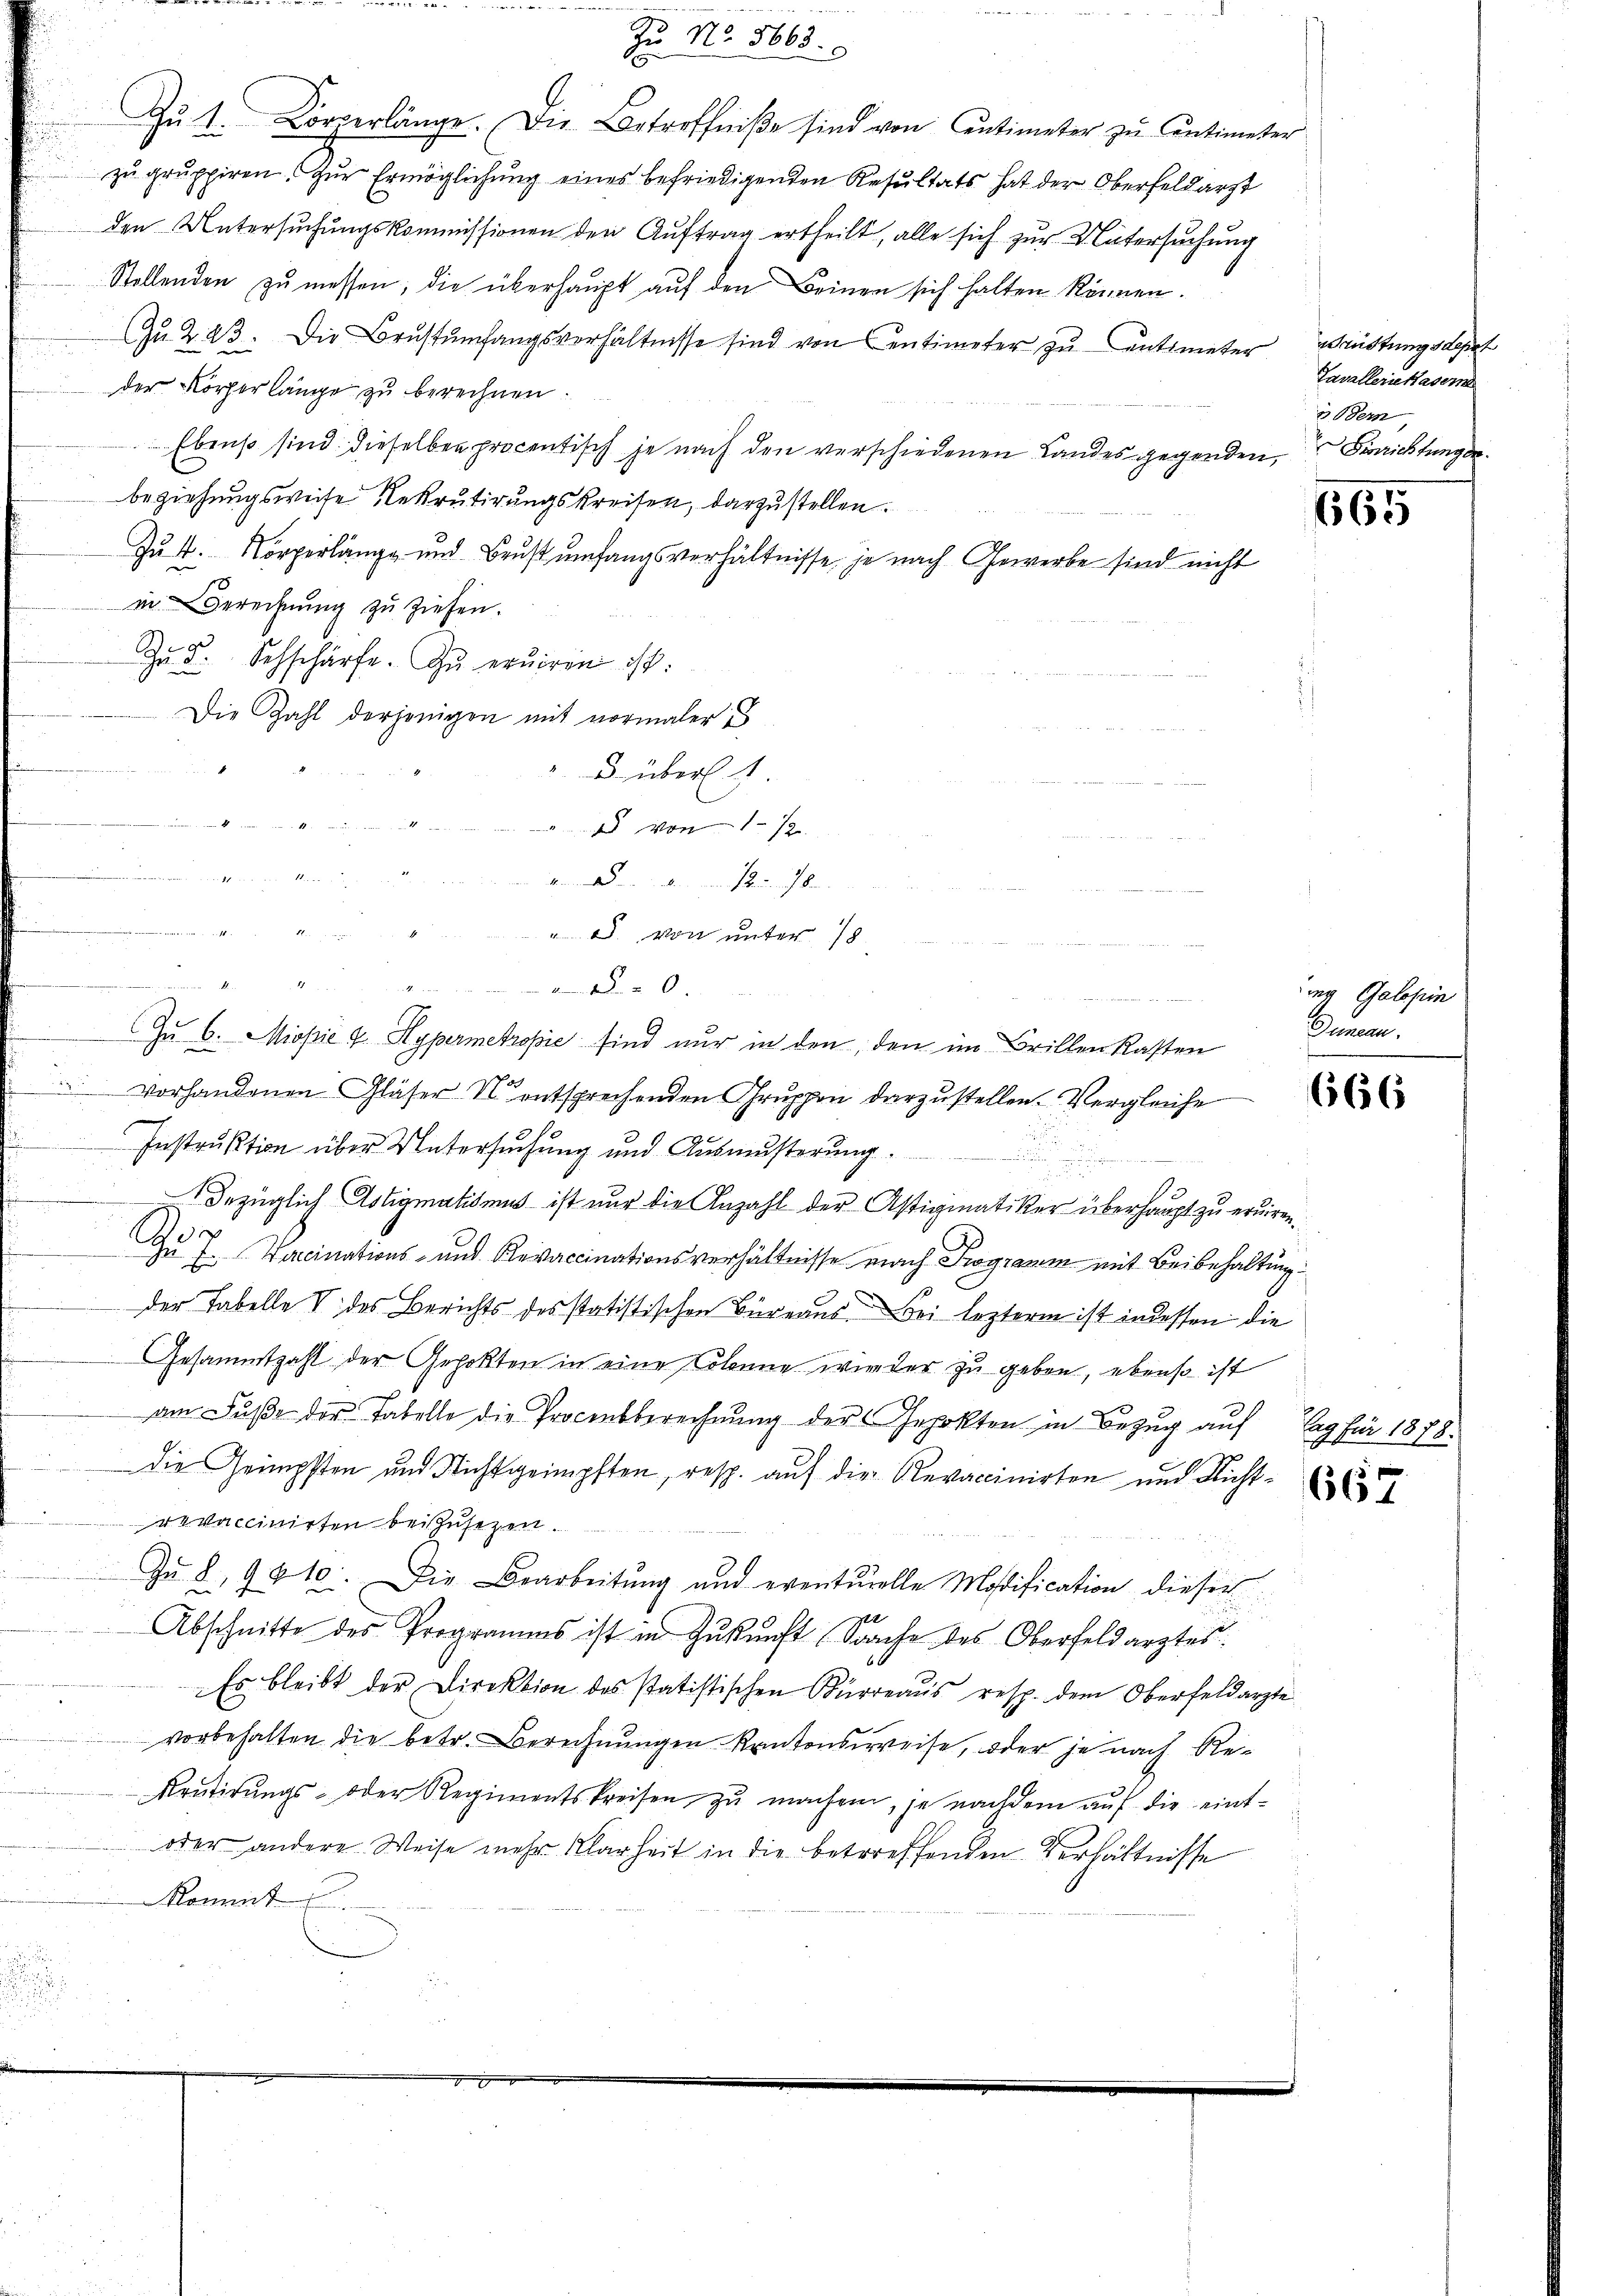
Zŭ 1. Körperlänge. Die Betreffniβe sind von Antimeter zŭ entimeter
zu gruppiren. Zur Ermöglichung eines befriedigenden Resultats hat der Oberfeldarzt
den Untersuchungskommissionen der Auftrag ertheilt, alle sich zur Untersuchung
Stollenden zu messen, die überhaupt auf den Beinen sich halten können.
Gŭ 223. Die Brustŭmfangsverhältnisse sind von Centimeter zŭ entsmater Wüstungsdeput
der Körperlänge zu berechnen.
 Ebenso sind dieselben procentisch je nach den verschiedenen Landes gegenden,
beziehungsweise Rekrutirungskreisen, darzustellen.
Ju 4. Nörperlänge und Brust umfangsverhältnisse, je nach Gewerbe sind nicht
in Berechnung zu ziehen.
Zŭ F. Schschärfe. Zŭ eruiren ist.
Die Zahl derjenigen mit vormaler
d über 1
es von 112
u
dende an ihm nun dienung Ken¬
" D. von unter 18
0
Zu 6. Miopie & Sypermetropić sind nur in den, den im Brillenkasten
vorhandenen Gläser V. entsprechenden Gruppen darzustellen. Vergleiche
Instruktion über Untersuchung und Ausmusterung.
u
Bezüglich Astigmatismus ist nur die Anzahl der Astiginatiker überhaupt zu eruiren¬
Zu J. Vaccinations- und Revaccinationsverhältnisse nach Kogramm mit Beibehaltung.
der Tabelle V des Berichts des statistischen Büreaus Bei lezterm ist indessen die
Gesammtzahl der Gehalten in eine Colonne wieder zu geben, ebenso ist
am Fuße der Tabelle die Procensberechnung der Gepakten in Bezug auf
die Grimpften und Nichtgeimpften, resp. auf die Revaccinirten und Richt-
revaccinirten beizusetzen.
Zŭ 8, 9410. Die Bearbeitung und eventŭrelle Modification dieser
2
Abschnitte des Programms ist in Zŭkŭnft (Sache des Oberfeldarztes:
Es bleibt der Direktion des statistischen Büreaŭs resp. dem Oberfeldarzte
vorbehalten die betr. Berechnungen Kantonsweise, oder je nach Re¬
Nrŭtirŭngs- oder Regimentskreisen zŭ machen, je nachdem aŭf die eint-
oder andere Weise mehr Klarheit in die betreffenden Verhältnisse
Kommt

Zu No. 5663.

Tavalleriehasern
 Bern
Gerichtung de

665

der Galopin
Phauen.

l
ag für 1878.